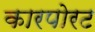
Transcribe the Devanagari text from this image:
कारपोरट